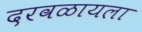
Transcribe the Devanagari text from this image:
दरवळायला